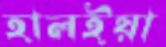
হালইয়া